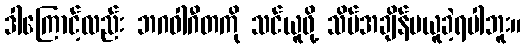
ဒါကြောင့်လည်း ဘဂဝါဂီတကို သင်ယူဖို့ သိပ်အချိန်မယူခဲ့ရပါဘူး။